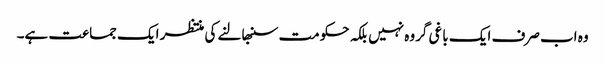
وہ اب صرف ایک باغی گروہ نہیں بلکہ حکومت سنبھالنے کی منتظر ایک جماعت ہے۔